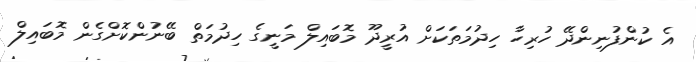
އެ ކުންފުނިންދޭ ހުރިހާ ހިދުމަތަކަށް އުރީދޫ މޮބައިލް މަނީގެ ހިދުމަތް ބޭނުންކޮށްގެން މޮބައިލް